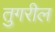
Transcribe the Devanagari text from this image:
तुगरील